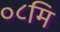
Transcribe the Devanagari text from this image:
०८मि